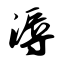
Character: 溽